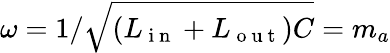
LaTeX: \omega=1/\sqrt{(L_{\mathrm{~i~n~}}+L_{\mathrm{~o~u~t~}})C}=m_{a}